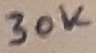
Text: 30K